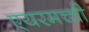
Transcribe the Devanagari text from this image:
एयरमच्ची